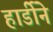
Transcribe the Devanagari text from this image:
हार्डीने